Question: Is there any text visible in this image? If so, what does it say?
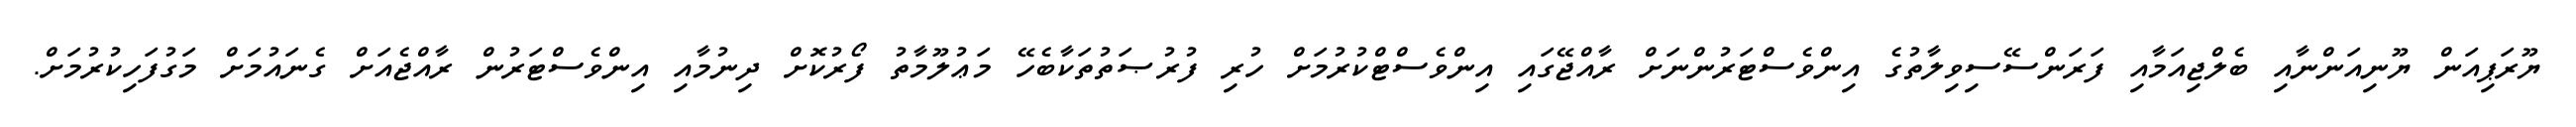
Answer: ޔޫރަޕިއަން ޔޫނިއަންނާއި ބެލްޖިއަމާއި ފަރަންސޭސިވިލާތުގެ އިންވެސްޓަރުންނަށް ރާއްޖޭގައި އިންވެސްޓްކުރުމަށް ހުރި ފުރުޞަތުތަކާބެހޭ މަޢުލޫމާތު ފޯރުކޮށް ދިނުމާއި އިންވެސްޓަރުން ރާއްޖެއަށް ގެނައުމަށް މަގުފަހިކުރުމަށް.